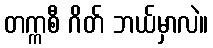
တက္ကစီ ဂိတ် ဘယ်မှာလဲ။